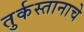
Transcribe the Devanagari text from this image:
तुर्कस्तानाचे